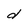
Character: d